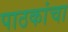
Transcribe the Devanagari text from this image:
पाठकांचा